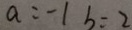
a = - 1 b = 2